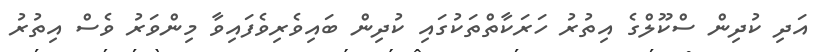
އަދި ކުދިން ސްކޫލްގެ އިތުރު ހަރަކާތްތަކުގައި ކުދިން ބައިވެރިވެފައިވާ މިންވަރު ވެސް އިތުރު